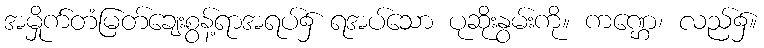
အမှိုက်တံမြတ်ချေးစွန့်ရာအရပ်၌ ရအပ်သော ပုဆိုးနွမ်းကို။ ကဏ္ဌေ၊ လည်၌။